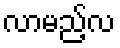
လာမည့်လ